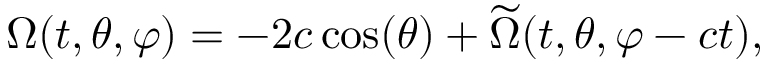
\Omega ( t , \theta , \varphi ) = - 2 c \cos ( \theta ) + \widetilde { \Omega } ( t , \theta , \varphi - c t ) ,